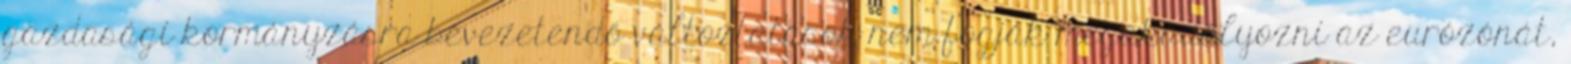
gazdasági kormányzásra bevezetendő változtatások nem fogják megakadályozni az eurózónát,